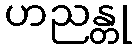
ဟညန္တု